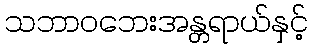
သဘာဝဘေးအန္တရာယ်နှင့်